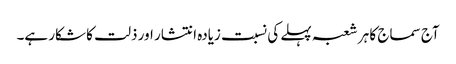
آج سماج کا ہر شعبہ پہلے کی نسبت زیادہ انتشار اور ذلت کا شکار ہے۔